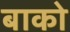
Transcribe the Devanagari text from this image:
बाको